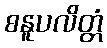
စနူပလိတ္တံ